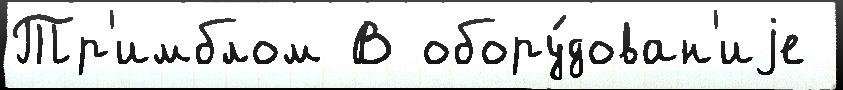
Тр'имблом В обору́дован'иjе